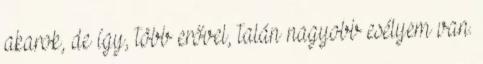
akarok, de így, több erővel, talán nagyobb esélyem van.